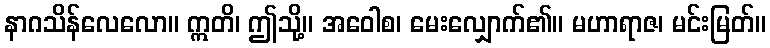
နာဂသိန်လေလော။ ဣတိ၊ ဤသို့။ အဝေါစ၊ မေးလျှောက်၏။ မဟာရာဇ၊ မင်းမြတ်။